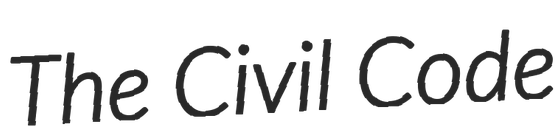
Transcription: The Civil Code